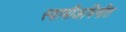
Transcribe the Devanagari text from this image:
स्वामीअभिनीत